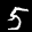
Label: 5